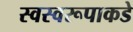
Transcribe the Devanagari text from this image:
स्वस्वरूपाकडे